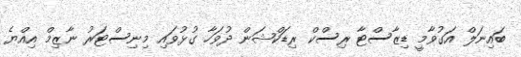
ބައިނަލް އަގުވާމީ ޑިޒާސްޓާ ރިސްކް ރިޑަކްޝަން ދުވަހާ ގުޅުވައި މިނިސްޓަރު ނާޒިމް އިއްޔެ